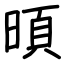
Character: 暊